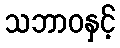
သဘာဝနှင့်